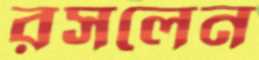
রসলেন